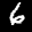
Label: 6